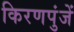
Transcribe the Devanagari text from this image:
किरणपुंजें